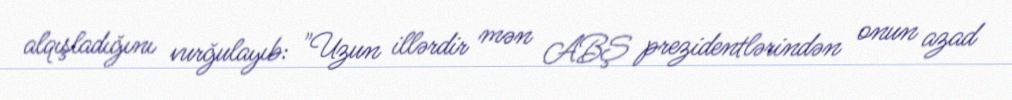
alqışladığını vurğulayıb: "Uzun illərdir mən ABŞ prezidentlərindən onun azad